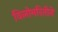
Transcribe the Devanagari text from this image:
विलोमरितीने